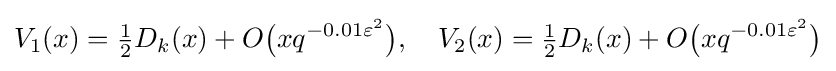
V_{1}(x)={\tfrac {1}{2}}D_{k}(x)+O{\bigl (}xq^{-0.01\varepsilon ^{2}}{\bigr )},\quad V_{2}(x)={\tfrac {1}{2}}D_{k}(x)+O{\bigl (}xq^{-0.01\varepsilon ^{2}}{\bigr )}